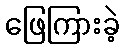
ဖြေကြားခဲ့